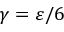
\gamma = \varepsilon / 6